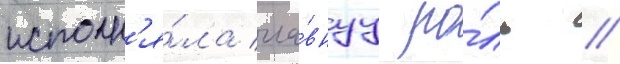
исполн'я́ла гла́внуу ро́ль //